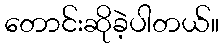
တောင်းဆိုခဲ့ပါတယ်။